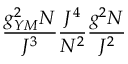
\frac { g _ { Y M } ^ { 2 } N } { J ^ { 3 } } \frac { J ^ { 4 } } { N ^ { 2 } } \frac { g ^ { 2 } N } { J ^ { 2 } }